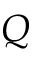
Q